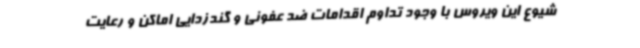
شیوع این ویروس با وجود تداوم اقدامات ضد عفونی و گندزدایی اماکن و رعایت